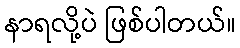
နာရလို့ပဲ ဖြစ်ပါတယ်။